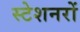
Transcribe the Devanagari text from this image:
स्टेशनरों